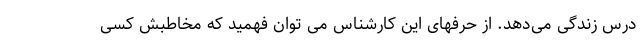
درس زندگی می‌دهد. از حرفهای این کارشناس می توان فهمید که مخاطبش کسی